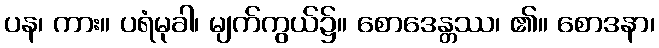
ပန၊ ကား။ ပရံမုခါ၊ မျက်ကွယ်၌။ စောဒေန္တဿ၊ ၏။ စောဒနာ၊